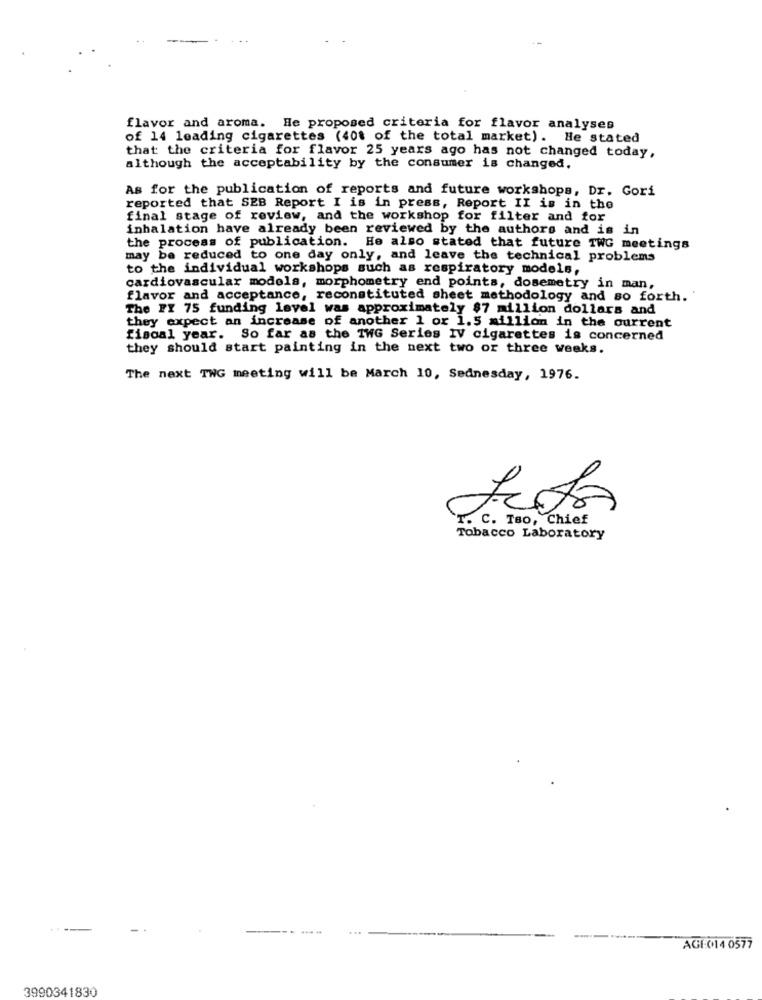
flavor and aroma. He proposed criteria for flavor analyses
of 14 leading cigarettes (40% of the total market). He stated
that the criteria for flavor 25 years ago has not changed today,
although the acceptability by the consumer is changed.
As for the publication of reports and future workshops, Dr. Gori
reported that SEB Report I is in press, Report II is in the
final stage of review, and the workshop for filter and for
inhalation have already been reviewed by the authors and is in
the process of publication. He also stated that future TWG meetings
may be reduced to one day only, and leave the technical problems
to the individual workshops such as respiratory models,
cardiovascular models, morphometry end points, dosemetry in man,
flavor and acceptance, reconstituted sheet methodology and so forth. '
The FI 75 funding level was approximately $7 million dollars and
they expect an increase of another 1 or 1.5 million in the current
fiscal year. So far as the TWG Series IV cigarettes is concerned
they should start painting in the next two or three weeks.
The next TNG meeting will be March 10, Sednesday, 1976.
C. Tso, Chief
Tobacco Laboratory
....
AGI 014 0577
3990341830